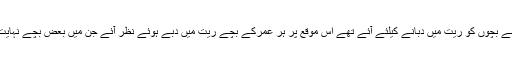
سورج گرہن کے عروج پر پہنچتے ہی کراچی کے ساحل سمندر پر لوگوں کا رش بڑھ گیا جو اپنے بچوں کو ریت میں دبانے کیلئے آئے تھے اس موقع پر ہر عمرکے بچے ریت میں دبے ہوئے نظر آئے جن میں بعض بچے نہایت کم عمر تھے جبکہ والدین ان بچوں کے قریب بیٹھ کرقرآن پاک کی تلاوت کرتے دکھائی دیئے۔